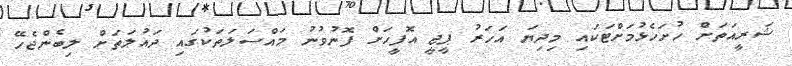
ޝަރީއަތަށް ހުށަހެޅުމަށްޓަކައި މިދިޔަ އަހަރު ޕީޖީ އޮފީހަށް ފޮނުވުނު މައްސަލަތަކުގައި ދައުލަތަށް ލިބެންޖެހޭ